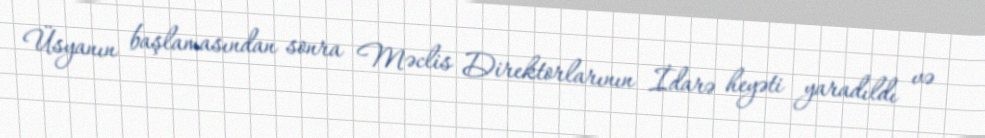
Üsyanın başlamasından sonra Məclis Direktorlarının İdarə heyəti yaradıldı və